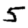
Digit: 5